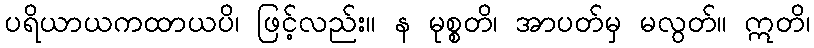
ပရိယာယကထာယပိ၊ ဖြင့်လည်း။ န မုစ္စတိ၊ အာပတ်မှ မလွတ်။ ဣတိ၊